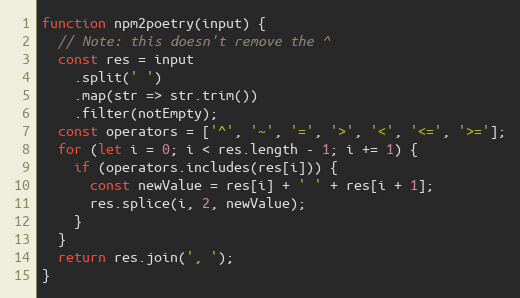
Language: JavaScript
function npm2poetry(input) {
  // Note: this doesn't remove the ^
  const res = input
    .split(' ')
    .map(str => str.trim())
    .filter(notEmpty);
  const operators = ['^', '~', '=', '>', '<', '<=', '>='];
  for (let i = 0; i < res.length - 1; i += 1) {
    if (operators.includes(res[i])) {
      const newValue = res[i] + ' ' + res[i + 1];
      res.splice(i, 2, newValue);
    }
  }
  return res.join(', ');
}